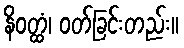
နိဝတ္ထံ၊ ဝတ်ခြင်းတည်း။